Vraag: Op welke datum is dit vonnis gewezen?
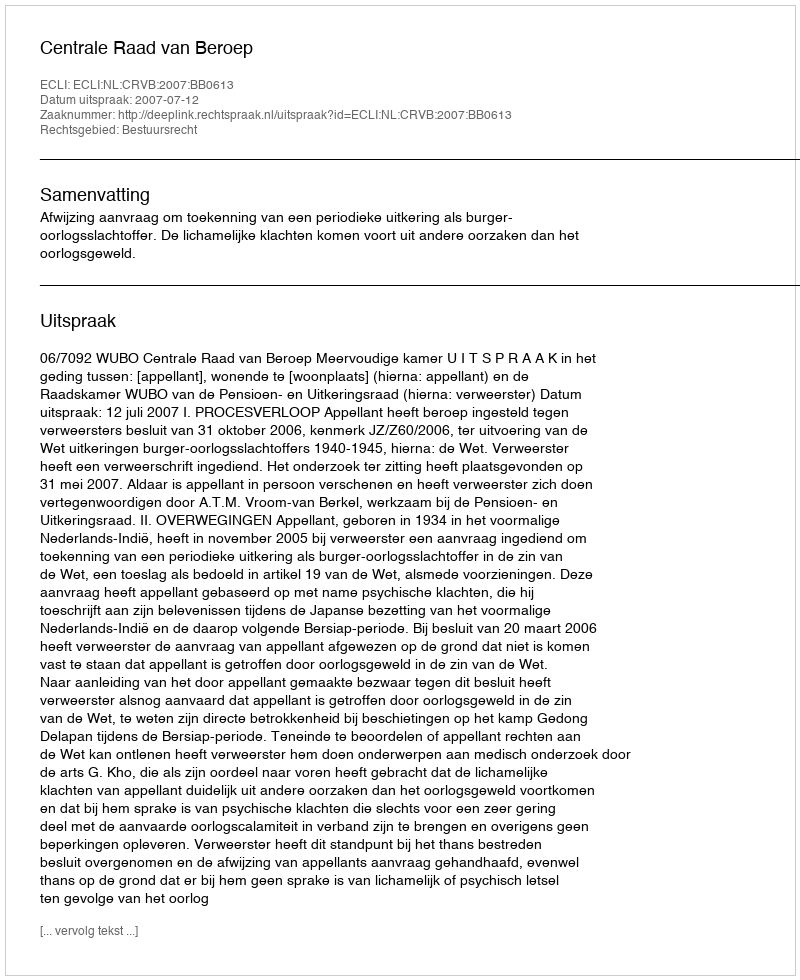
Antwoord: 2007-07-12